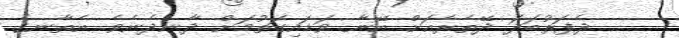
ދެފަރުބަދަ ދޭތެރެއަށް އޭނާ ވަޑައިގަތުމަށް ދާނދެނެވެ. އެތާނގެ